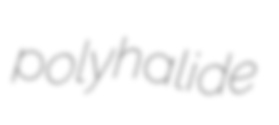
polyhalide